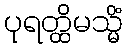
ပုရတ္ထိမသ္မိံ